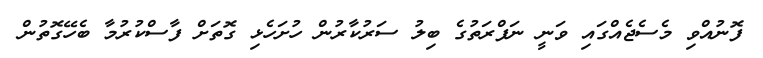
ފޮނުއްވި މެސެޖެއްގައި ވަނީ ނަފްރަތުގެ ބިލު ސަރުކާރުން ހުށަހެޅި ގޮތަށް ފާސްކުރުމާ ބެހޭގޮތުން